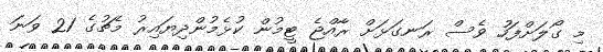
މި ގޯލަށްފަހު ވެސް ރަނގަޅަށް ރާއްޖެ ޓީމުން ކުޅެމުންދިޔައިރު މެޗުގެ 21 ވަނަ